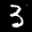
Digit: 3